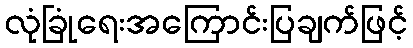
လုံခြုံရေးအကြောင်းပြချက်ဖြင့်